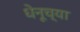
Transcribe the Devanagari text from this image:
धेनूच्या